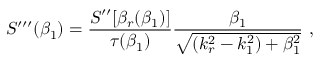
S ^ { \prime \prime \prime } ( \beta _ { 1 } ) = \frac { S ^ { \prime \prime } [ \beta _ { r } ( \beta _ { 1 } ) ] } { \tau ( \beta _ { 1 } ) } \frac { \beta _ { 1 } } { \sqrt { ( k _ { r } ^ { 2 } - k _ { 1 } ^ { 2 } ) + \beta _ { 1 } ^ { 2 } } } \, \, ,